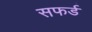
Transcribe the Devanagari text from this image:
सफर्ड